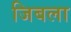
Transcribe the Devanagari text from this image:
जिबला